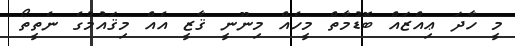
މީ ހާދަ ޢިއްޒައް ބޮޑުމާތް މީހެއް މިނޫނީ ޤާޒީ އެއް މިޤައުމުގެ ނެތީތޯ